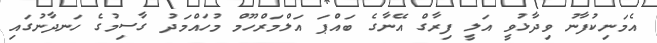
އެމަނިކުފާނު ވިދާޅުވީ އަލީ ފިރާގް އޭނާގެ ބައްޕަ އަލްމަރްހޫމް މުހައްމަދު ގާސިމުގެ ހަނދާނުގައި